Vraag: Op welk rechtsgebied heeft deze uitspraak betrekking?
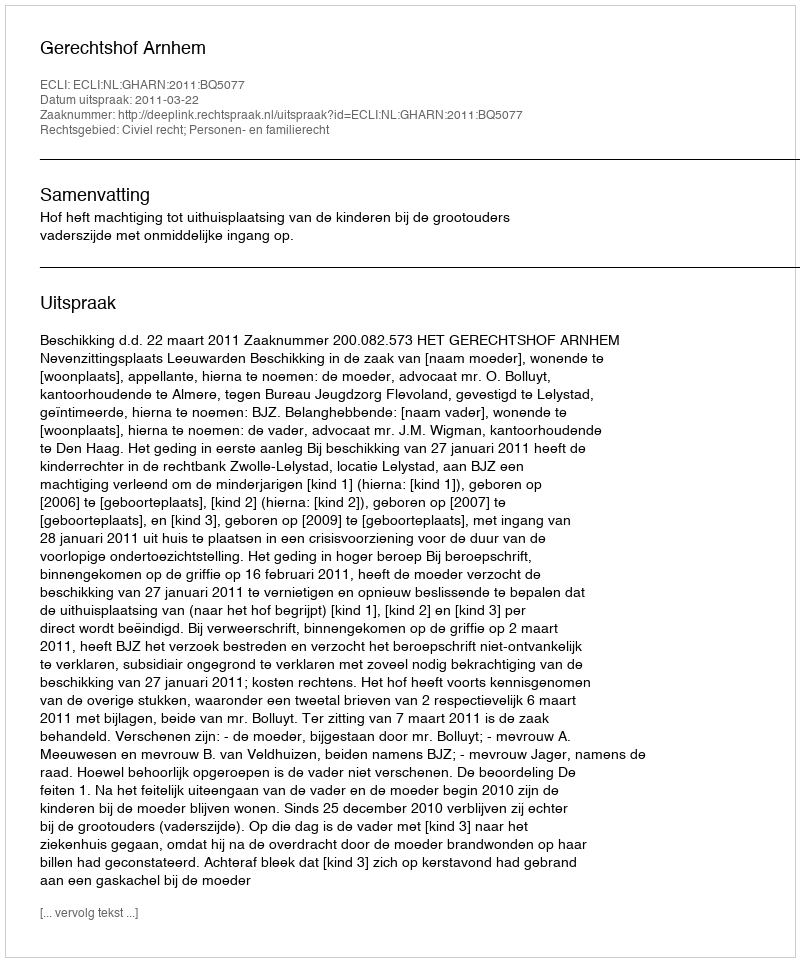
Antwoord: Civiel recht; Personen- en familierecht